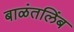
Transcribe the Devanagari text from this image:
बाळंतलिंब